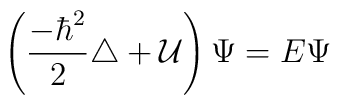
\left({-\hbar^2\over 2}\triangle + {\cal U}\right)\Psi = E \Psi